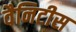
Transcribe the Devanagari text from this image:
वैनिटीस